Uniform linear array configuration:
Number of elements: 64
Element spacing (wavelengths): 0.25
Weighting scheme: binomial
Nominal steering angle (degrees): -15
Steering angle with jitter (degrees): -13.848
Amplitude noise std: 0.05
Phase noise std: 0.05

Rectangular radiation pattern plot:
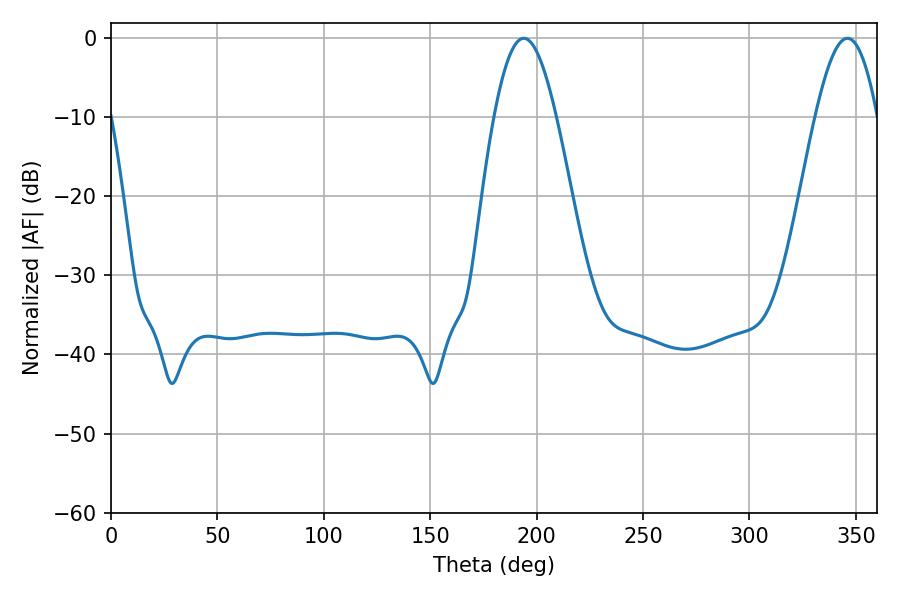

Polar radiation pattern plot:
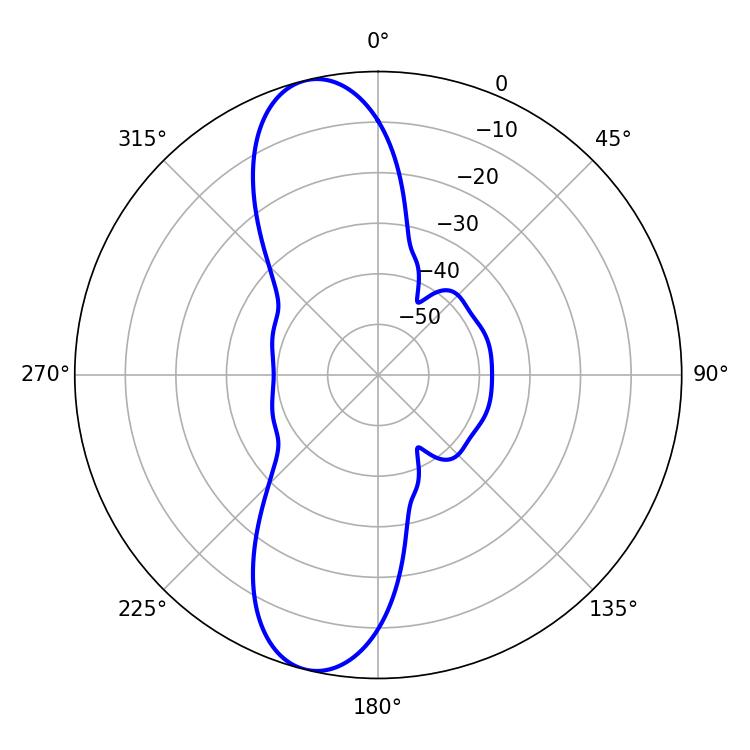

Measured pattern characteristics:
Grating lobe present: FALSE
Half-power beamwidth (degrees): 15.66
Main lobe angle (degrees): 194.04